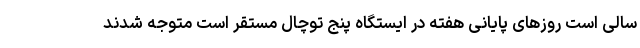
سالی است روزهای پایانی هفته در ایستگاه پنج توچال مستقر است متوجه شدند